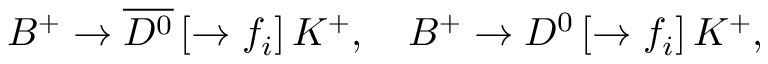
B ^ { + } \to \overline { { { D ^ { 0 } } } } \, [ \to f _ { i } ] \, K ^ { + } , \quad B ^ { + } \to D ^ { 0 } \, [ \to f _ { i } ] \, K ^ { + } ,